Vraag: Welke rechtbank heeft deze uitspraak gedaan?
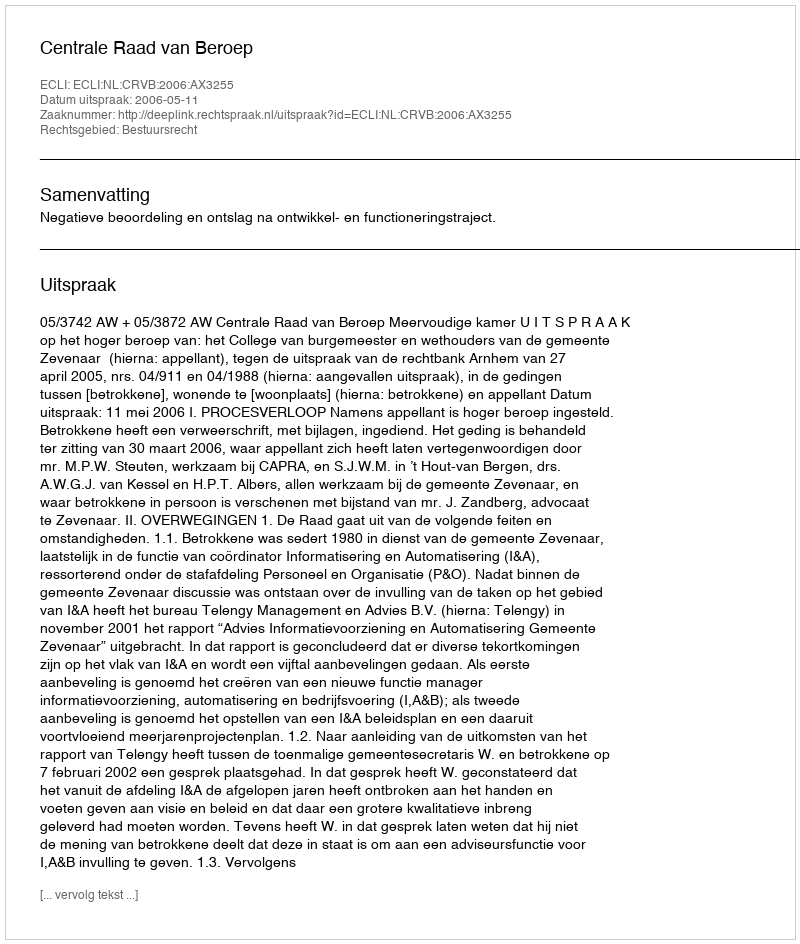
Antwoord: Centrale Raad van Beroep